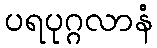
ပရပုဂ္ဂလာနံ